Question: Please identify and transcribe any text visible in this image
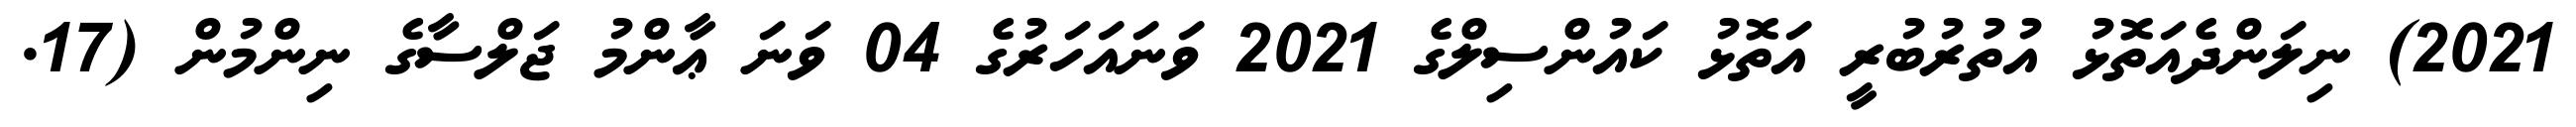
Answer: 2021) ނިލަންދެއަތޮޅު އުތުރުބުރީ އަތޮޅު ކައުންސިލްގެ 2021 ވަނައަހަރުގެ 04 ވަނަ ޢާންމު ޖަލްސާގެ ނިންމުން (17.